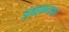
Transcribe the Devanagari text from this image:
इफ़्फ़तदार